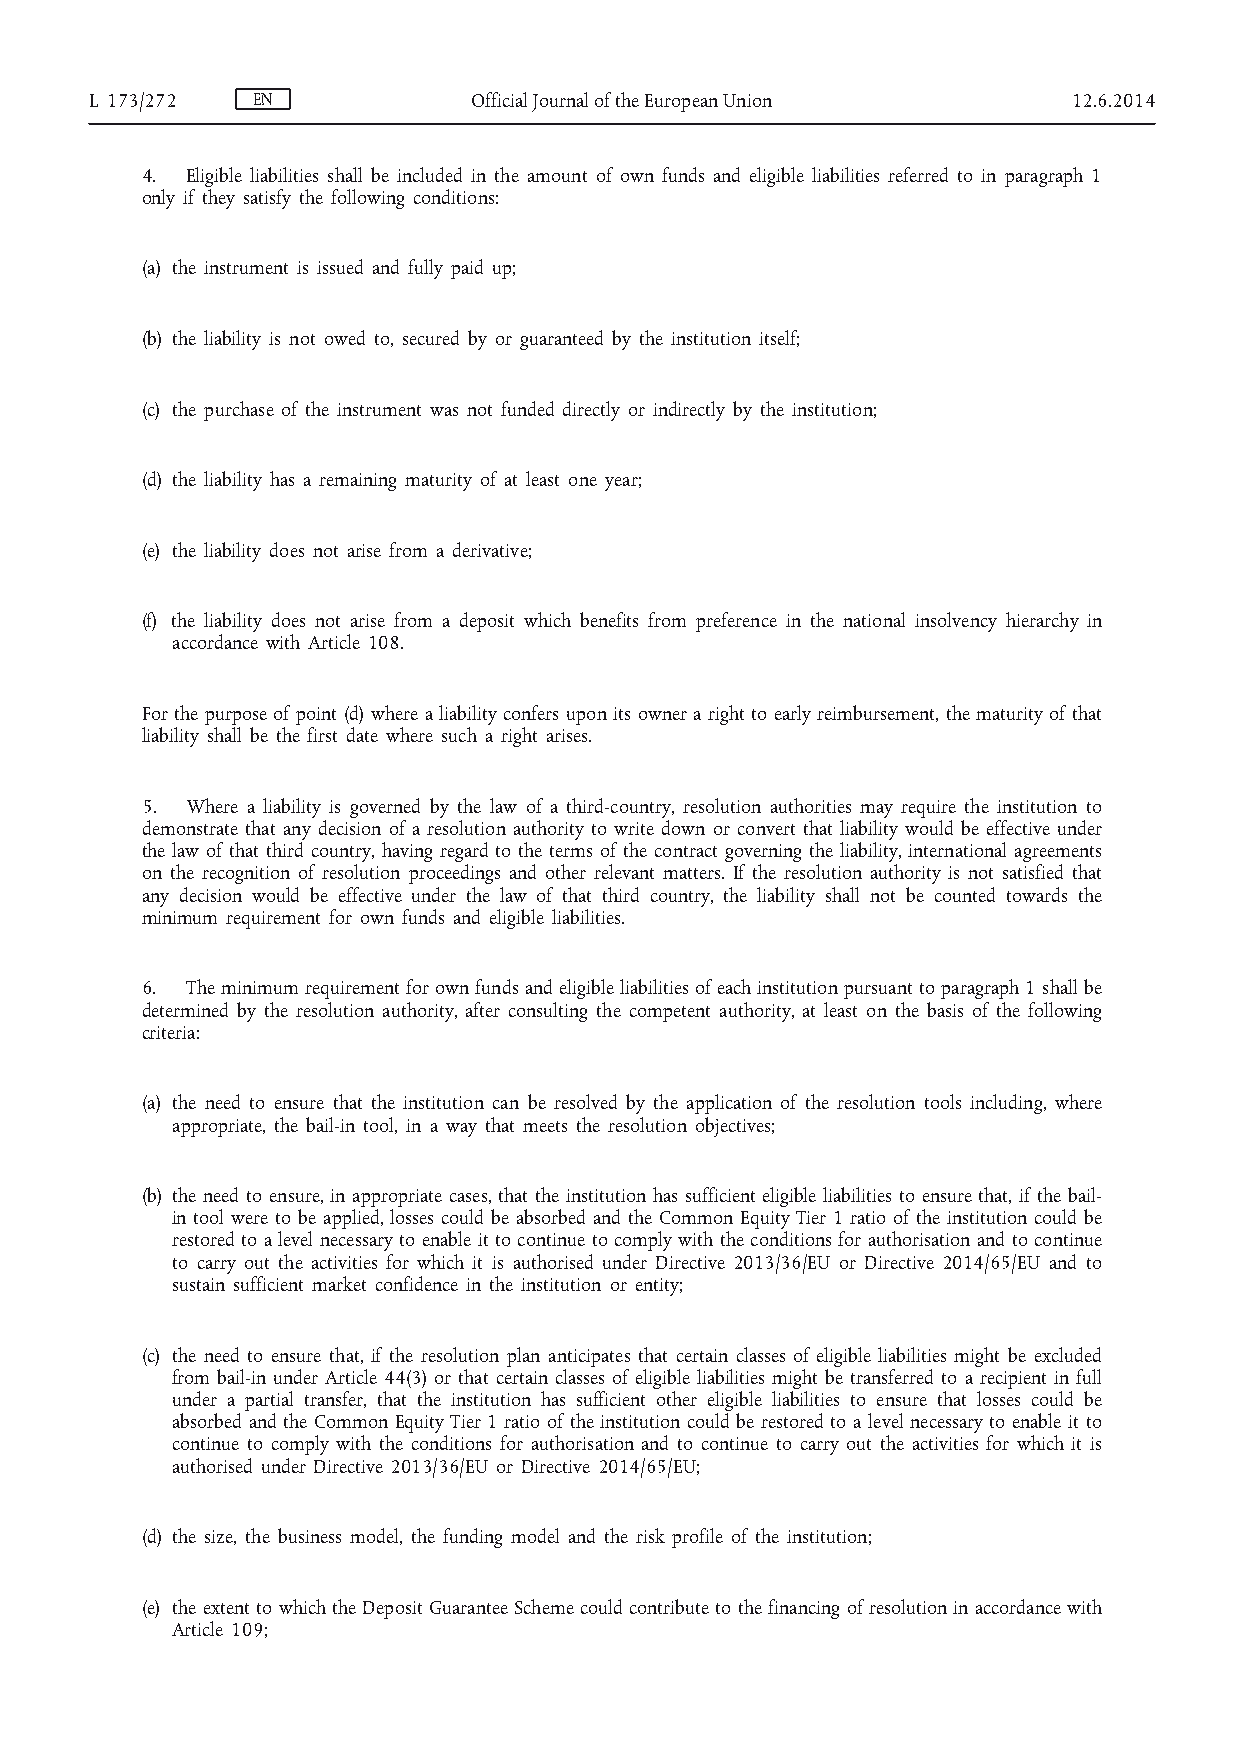
L 173/272  EN            Official Journal of the European Union  12.6.2014
 4. Eligible liabilities shall be included in the amount of own funds and eligible liabilities referred to in paragraph 1
 only if they satisfy the following conditions:
 (a) the instrument is issued and fully paid up;
 (b) the liability is not owed to, secured by or guaranteed by the institution itself;
 (c) the purchase of the instrument was not funded directly or indirectly by the institution;
 (d) the liability has a remaining maturity of at least one year;
 (e) the liability does not arise from a derivative;
 (f) the liability does not arise from a deposit which benefits from preference in the national insolvency hierarchy in
 accordance with Article 108.
 For the purpose of point (d) where a liability confers upon its owner a right to early reimbursement, the maturity of that
 liability shall be the first date where such a right arises.
 5. Where a liability is governed by the law of a third-country, resolution authorities may require the institution to
 demonstrate that any decision of a resolution authority to write down or convert that liability would be effective under
 the law of that third country, having regard to the terms of the contract governing the liability, international agreements
 on the recognition of resolution proceedings and other relevant matters. If the resolution authority is not satisfied that
 any decision would be effective under the law of that third country, the liability shall not be counted towards the
 minimum requirement for own funds and eligible liabilities.
 6. The minimum requirement for own funds and eligible liabilities of each institution pursuant to paragraph 1 shall be
 determined by the resolution authority, after consulting the competent authority, at least on the basis of the following
 criteria:
 (a) the need to ensure that the institution can be resolved by the application of the resolution tools including, where
 appropriate, the bail-in tool, in a way that meets the resolution objectives;
 (b) the need to ensure, in appropriate cases, that the institution has sufficient eligible liabilities to ensure that, if the bail-
 in tool were to be applied, losses could be absorbed and the Common Equity Tier 1 ratio of the institution could be
 restored to a level necessary to enable it to continue to comply with the conditions for authorisation and to continue
 to carry out the activities for which it is authorised under Directive 2013/36/EU or Directive 2014/65/EU and to
 sustain sufficient market confidence in the institution or entity;
 (c) the need to ensure that, if the resolution plan anticipates that certain classes of eligible liabilities might be excluded
 from bail-in under Article 44(3) or that certain classes of eligible liabilities might be transferred to a recipient in full
 under a partial transfer, that the institution has sufficient other eligible liabilities to ensure that losses could be
 absorbed and the Common Equity Tier 1 ratio of the institution could be restored to a level necessary to enable it to
 continue to comply with the conditions for authorisation and to continue to carry out the activities for which it is
 authorised under Directive 2013/36/EU or Directive 2014/65/EU;
 (d) the size, the business model, the funding model and the risk profile of the institution;
 (e) the extent to which the Deposit Guarantee Scheme could contribute to the financing of resolution in accordance with
 Article 109;